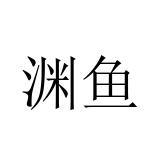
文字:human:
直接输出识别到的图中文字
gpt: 渊鱼